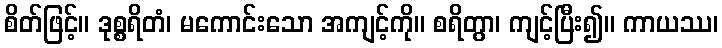
စိတ်ဖြင့်။ ဒုစ္စရိတံ၊ မကောင်းသော အကျင့်ကို။ စရိတွာ၊ ကျင့်ပြီး၍။ ကာယဿ၊